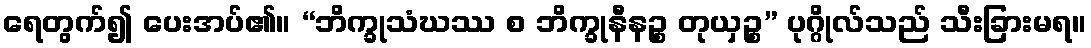
ရေတွက်၍ ပေးအပ်၏။ “ဘိက္ခုသံဃဿ စ ဘိက္ခုနီနဉ္စ တုယှဉ္စ” ပုဂ္ဂိုလ်သည် သီးခြားမရ။